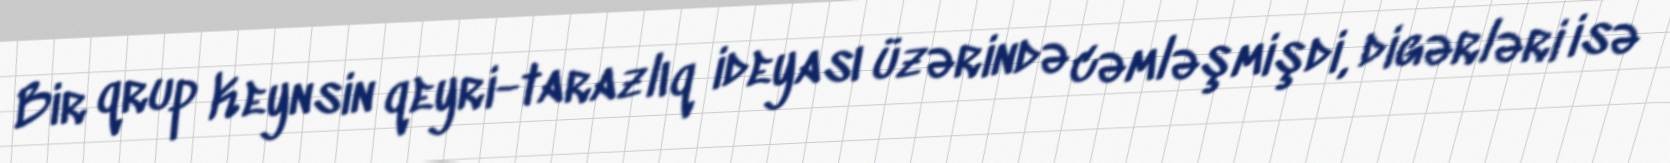
Bir qrup Keynsin qeyri-tarazlıq ideyası üzərində cəmləşmişdi, digərləri isə